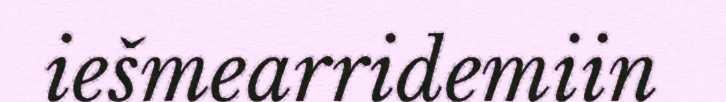
iešmearridemiin